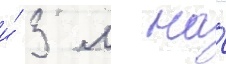
и́ 3 м на́